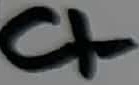
Text: C1